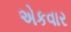
એકવાર